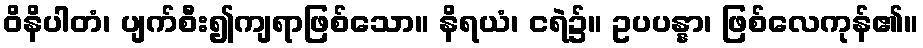
ဝိနိပါတံ၊ ပျက်စီး၍ကျရာဖြစ်သော။ နိရယံ၊ ငရဲ၌။ ဥပပန္နာ၊ ဖြစ်လေကုန်၏။